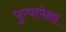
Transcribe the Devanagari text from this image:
पुण्यापेक्षा